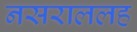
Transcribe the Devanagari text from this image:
नसराललह